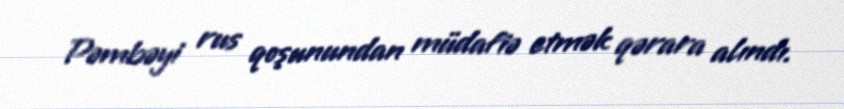
Pəmbəyi rus qoşunundan müdafiə etmək qərara alındı.